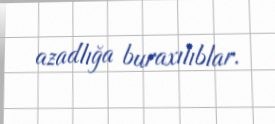
azadlığa buraxılıblar.